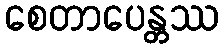
စေတာပေန္တဿ